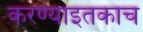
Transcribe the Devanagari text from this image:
करण्याइतकाच